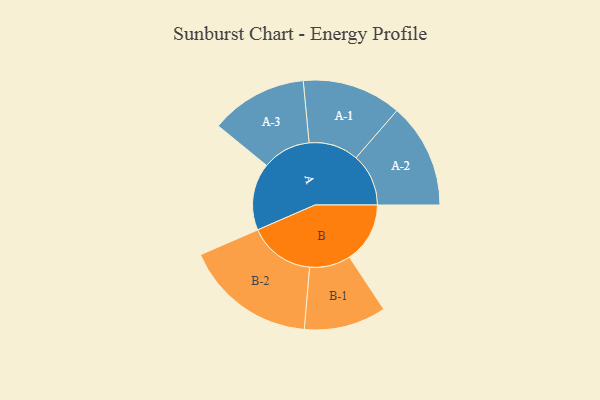
{"axis": {"x": "Segment", "y": "Value"}, "legend": ["", "A", "B"], "data": [{"x": "A", "y": 234, "type": ""}, {"x": "B", "y": 211, "type": ""}, {"x": "A-1", "y": 173, "type": "A"}, {"x": "A-2", "y": 183, "type": "A"}, {"x": "A-3", "y": 169, "type": "A"}, {"x": "B-1", "y": 143, "type": "B"}, {"x": "B-2", "y": 230, "type": "B"}]}